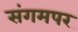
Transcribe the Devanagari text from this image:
संगमपर